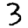
Digit: 3